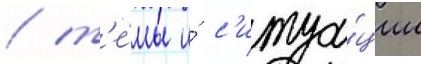
/ т'е́мы и́ с'итуа́ции